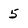
Character: 5